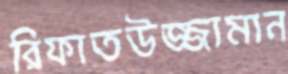
রিফাতউজ্জামান